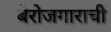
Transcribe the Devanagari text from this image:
बेरोजगाराची